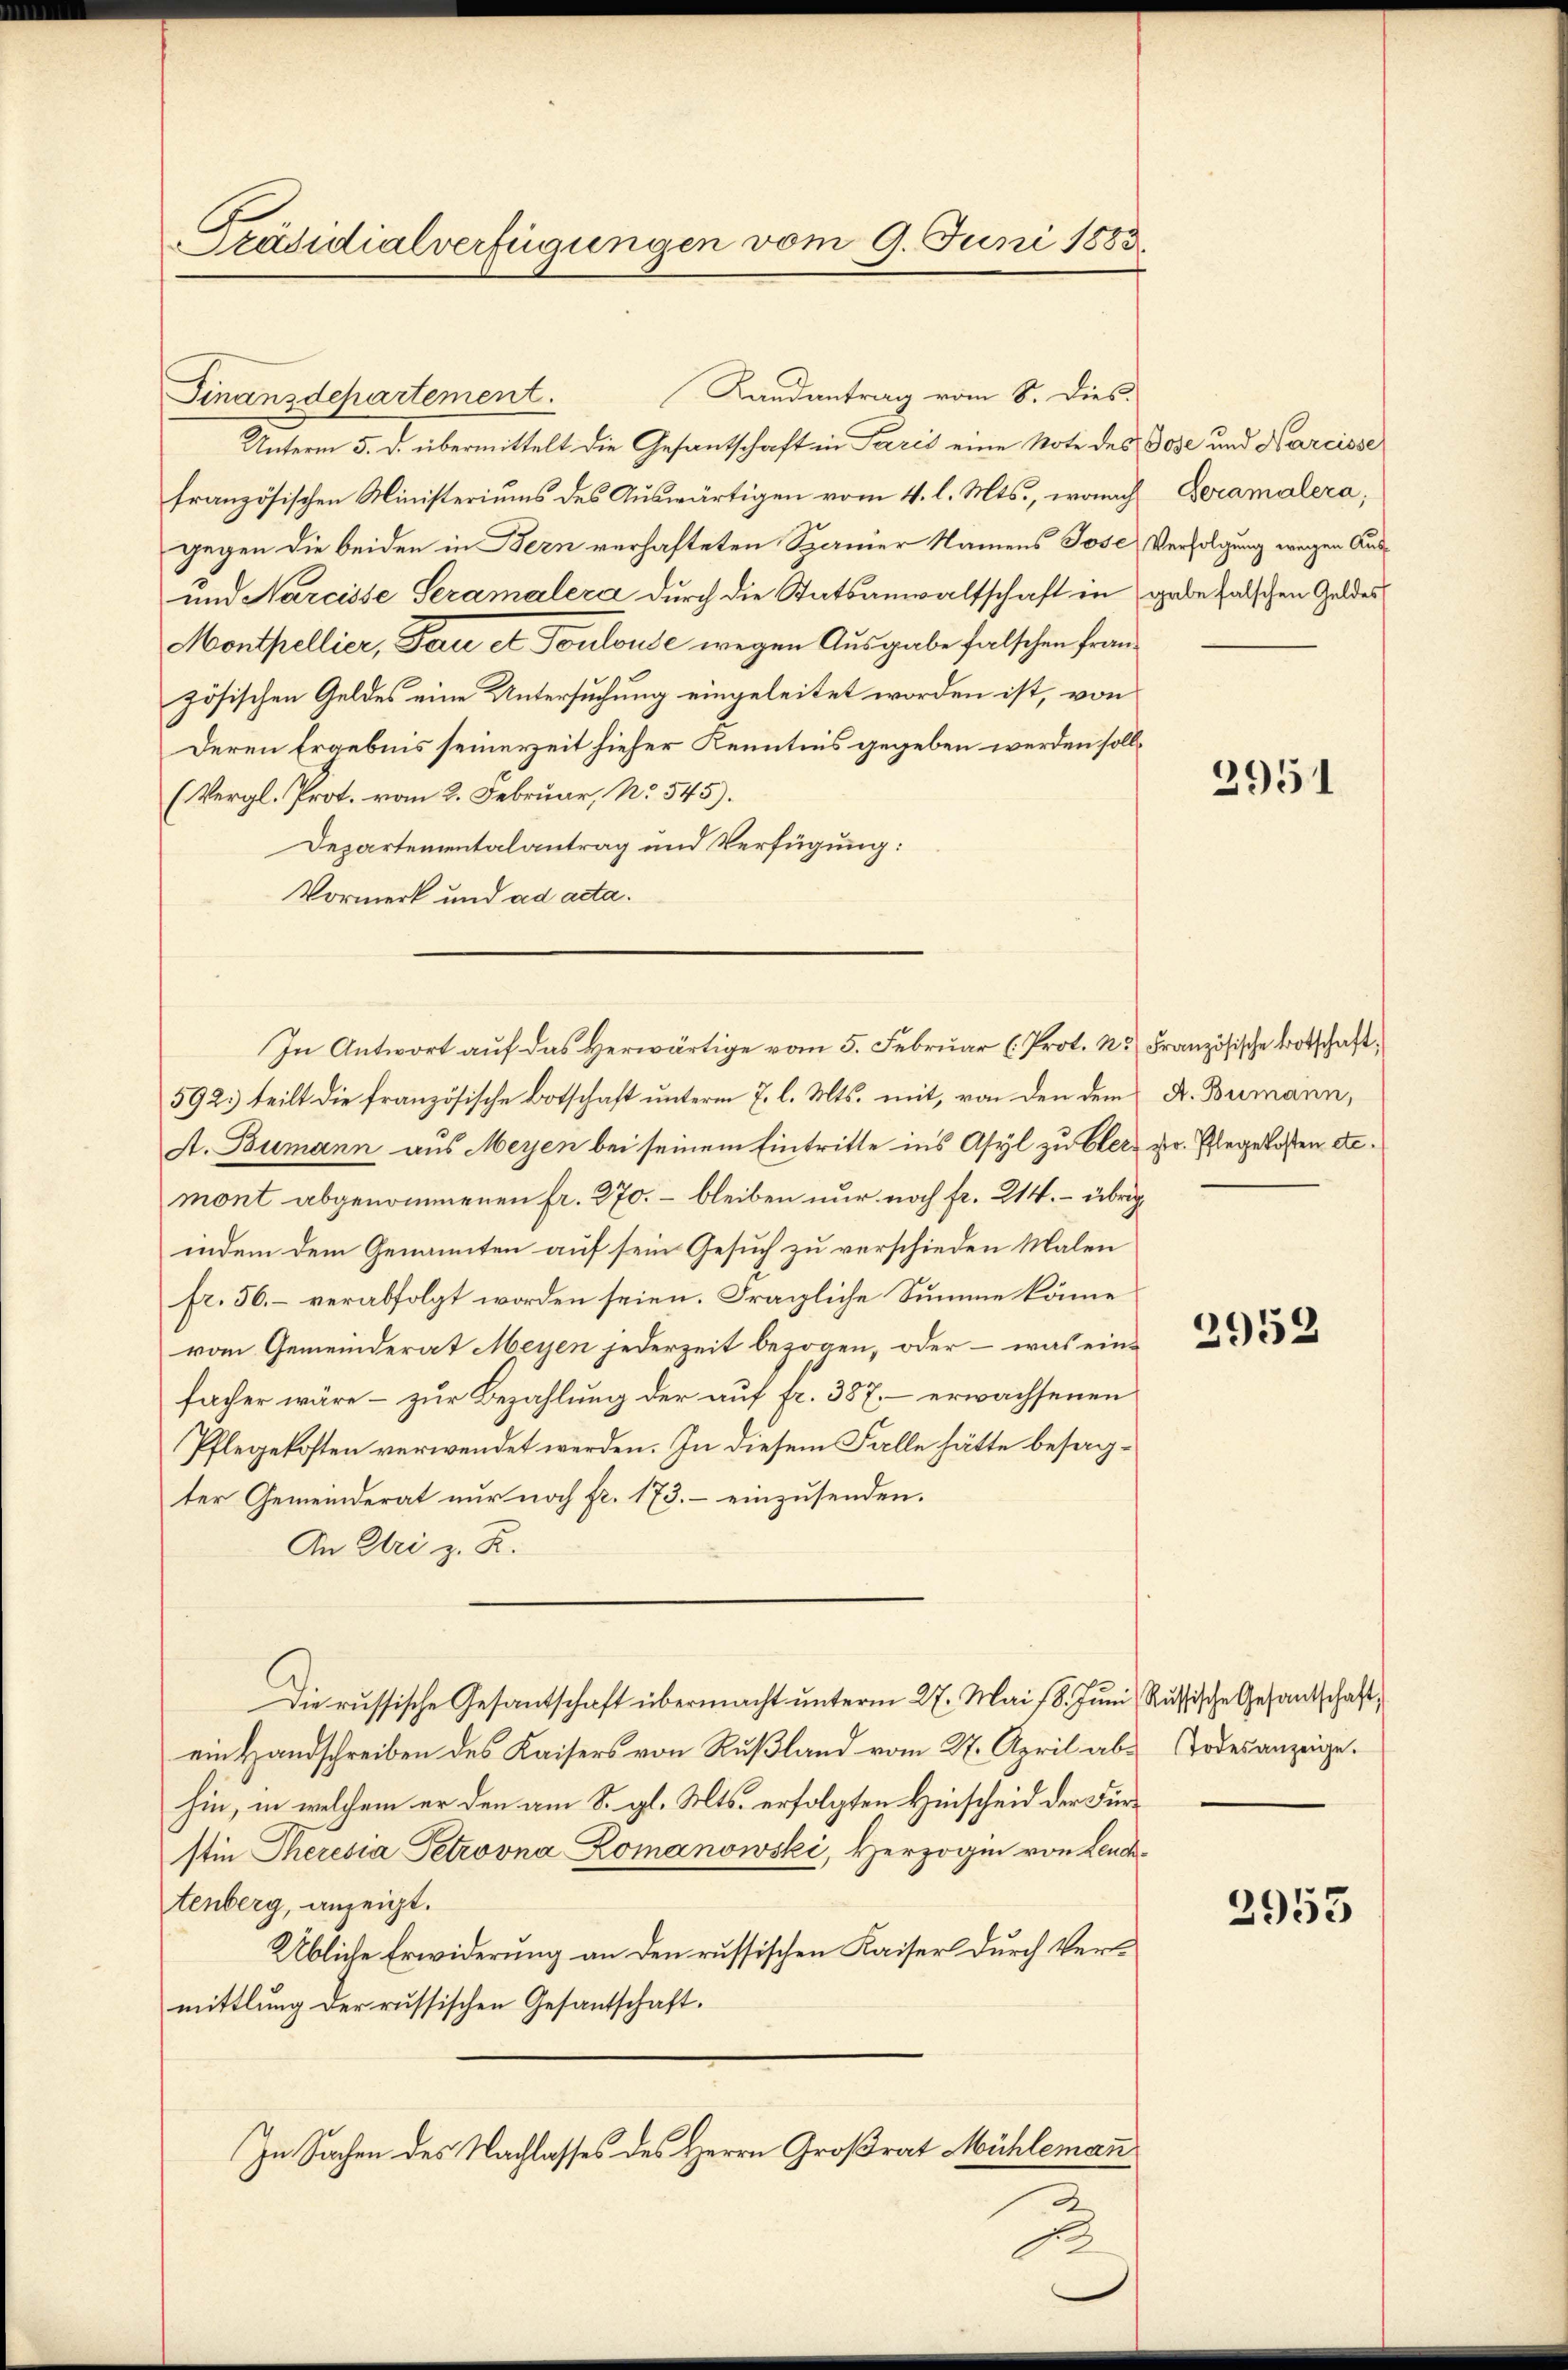
Präsidialverfügungen vom 9. Juni 1883.

Landantrag vom 8. dies
Finanzdepartement.
Unterm 5. d. übermittelt die Gesantschaft in Paris eine Note des Dose und Karcisse
französischen Ministeriums des Auswärtigen vom 4. l. Mts., wonach
gegen die beiden in Bern verhafteten Spanier Namens Jose Verfolgung wegen Aus¬
und Narcisse Seramalera durch die Statsanwaltschaft in
Monthellier, Bau et Toulouse wegen Ausgabe falschen Französischen Geldes eine Untersuchung eingeleitet worden ist, von
Deren Ergebnis seinerzeit hieher Kenntnis gegeben werden soll¬
(Vergl. Prot. vom 2. Februar, No. 545).
Departementalantrag und Verfügung:
Vormerk und ad acta.
592. teilt die französische Botschaft unterm 7. l. Mts. mit, von den dem K. Bumann,
A. Bumann aus Meyen bei seinem Eintritte ins Asyl zu bler Hr. Plegelosten etc.
mont abgenommenen fr. 270. – bleiben nur noch fr. 214. – übrig
indem dem Genannten auf sein Gesuch zu verschieden Malen
fr. 56. – verabfolgt worden seien. Fragliche Summe könne
vom Gemeinderat Meyen jederzeit bezogen, oder – was einfacher wäre – zur Bezahlung der auf fr. 387. – erwachsenen
Pflegekosten verwendet werden. In diesem Falle hätte besagter Gemeinderat nur noch fr. 173. – einzusenden.
An Uri z. R.
Die russische Gesantschaft übermacht unterm 27. Mai 18. Juni, Russische Gesandtschaft,
ein Handschreiben des Kaisers von Rußland vom 27. April abs Todesanzeige.
hin, in welchem er den am 8. gl. Mts. erfolgten Hinscheid der Fürstin Theresia Petrovna Romanowski, Herzogin von Leuchtenberg, anzeigt.
Übliche Erwiderung an den russischen Kaiser durch Vermittlung der russischen Gesantschaft.
In Sachen des Nachlasses des Herrn Großrat Mühleman

In Antwort auf das Verwärtige vom 5. Februar (Prot. N. Französische Botschaft,

Seramalera,
gabe falschen Geldes

2951

2952

2953